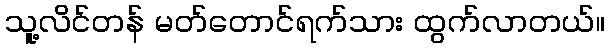
သူ့လိင်တန် မတ်တောင်ရက်သား ထွက်လာတယ်။